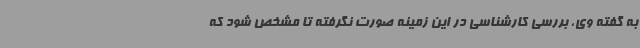
به گفته وی، بررسی کارشناسی در این زمینه صورت نگرفته تا مشخص شود که